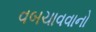
વબચાવવાનો